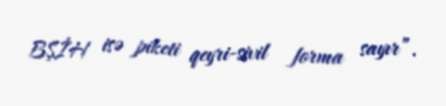
BŞİH isə piketi qeyri-sivil forma sayır”.